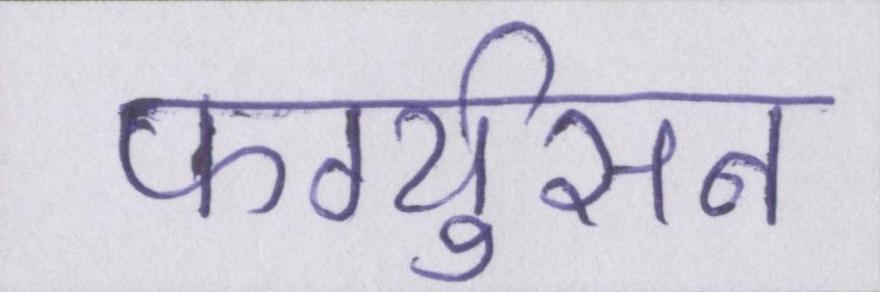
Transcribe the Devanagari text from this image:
फर्ग्युसन